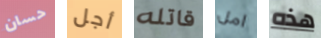
حسان أجل قاتله امل هذه